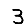
Digit: 3